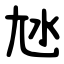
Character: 㝽